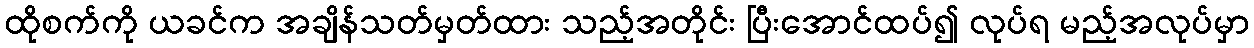
ထိုစက်ကို ယခင်က အချိန်သတ်မှတ်ထား သည့်အတိုင်း ပြီးအောင်ထပ်၍ လုပ်ရ မည့်အလုပ်မှာ